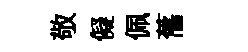
敬儗佩𦾔